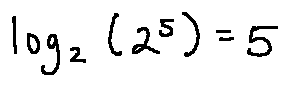
\log _ { 2 } ( 2 ^ { 5 } ) = 5